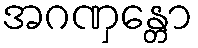
အဂဏှန္တော